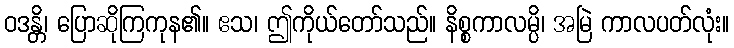
ဝဒန္တိ၊ ပြောဆိုကြကုန၏။ ဧသ၊ ဤကိုယ်တော်သည်။ နိစ္စကာလမ္ပိ၊ အမြဲ ကာလပတ်လုံး။